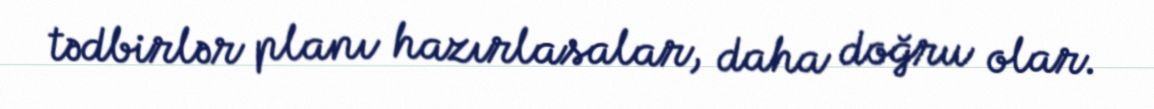
tədbirlər planı hazırlasalar, daha doğru olar.